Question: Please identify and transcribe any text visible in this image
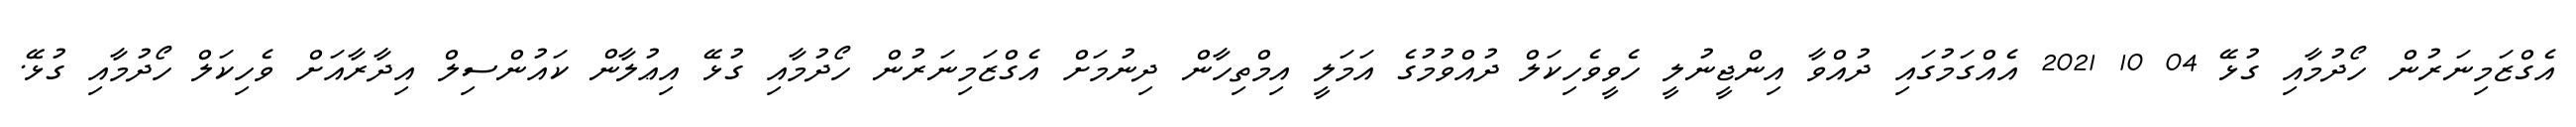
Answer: އެގްޒަމިނަރުން ހޯދުމާއި ގުޅޭ 04 10 2021 އެއްގަމުގައި ދުއްވާ އިންޖީނުލީ ހެވީވެހިކަލް ދުއްވުމުގެ އަމަލީ އިމްތިހާން ދިނުމަށް އެގްޒަމިނަރުން ހޯދުމާއި ގުޅޭ އިޢުލާން ކައުންސިލް އިދާރާއަށް ވެހިކަލް ހޯދުމާއި ގުޅޭ.